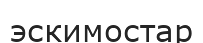
эскимостар